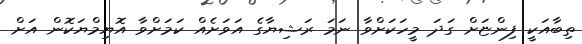
ތިބާއަކީ ފިންޏަށް ގަދަ މީހަކަށްވާ ނަމަ ރަޝިޔާގެ އަވަށެއް ކަމަށްވާ އޮޔިމްޔަކޮން އަށް